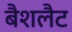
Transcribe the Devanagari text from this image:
बैशलैट